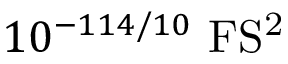
1 0 ^ { - 1 1 4 / 1 0 } ~ \mathrm { F S ^ { 2 } }